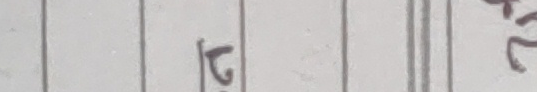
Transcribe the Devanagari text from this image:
२